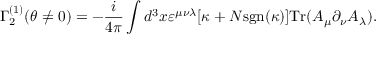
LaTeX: \Gamma _ { 2 } ^ { ( 1 ) } ( \theta \neq 0 ) = - \frac { i } { 4 \pi } \int d ^ { 3 } x \varepsilon ^ { \mu \nu \lambda } [ \kappa + N \mathrm { s g n } ( \kappa ) ] \mathrm { T r } ( A _ { \mu } \partial _ { \nu } A _ { \lambda } ) .